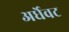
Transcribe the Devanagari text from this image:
अर्धेवट